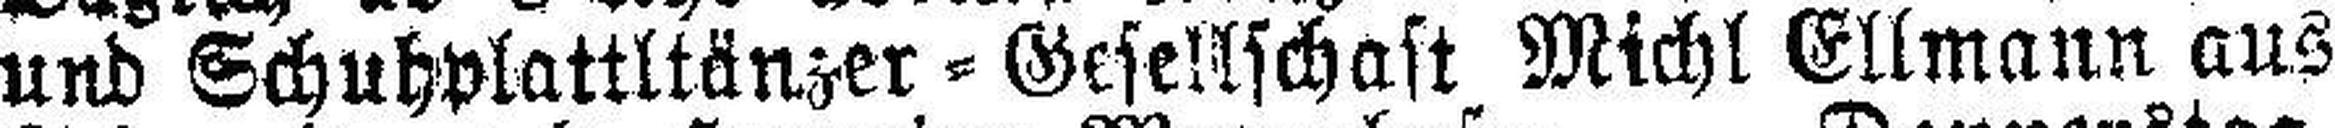
und Schuhplattltänzer=Gesellschaft Michl Ellmann aus